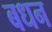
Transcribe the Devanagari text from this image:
बधन